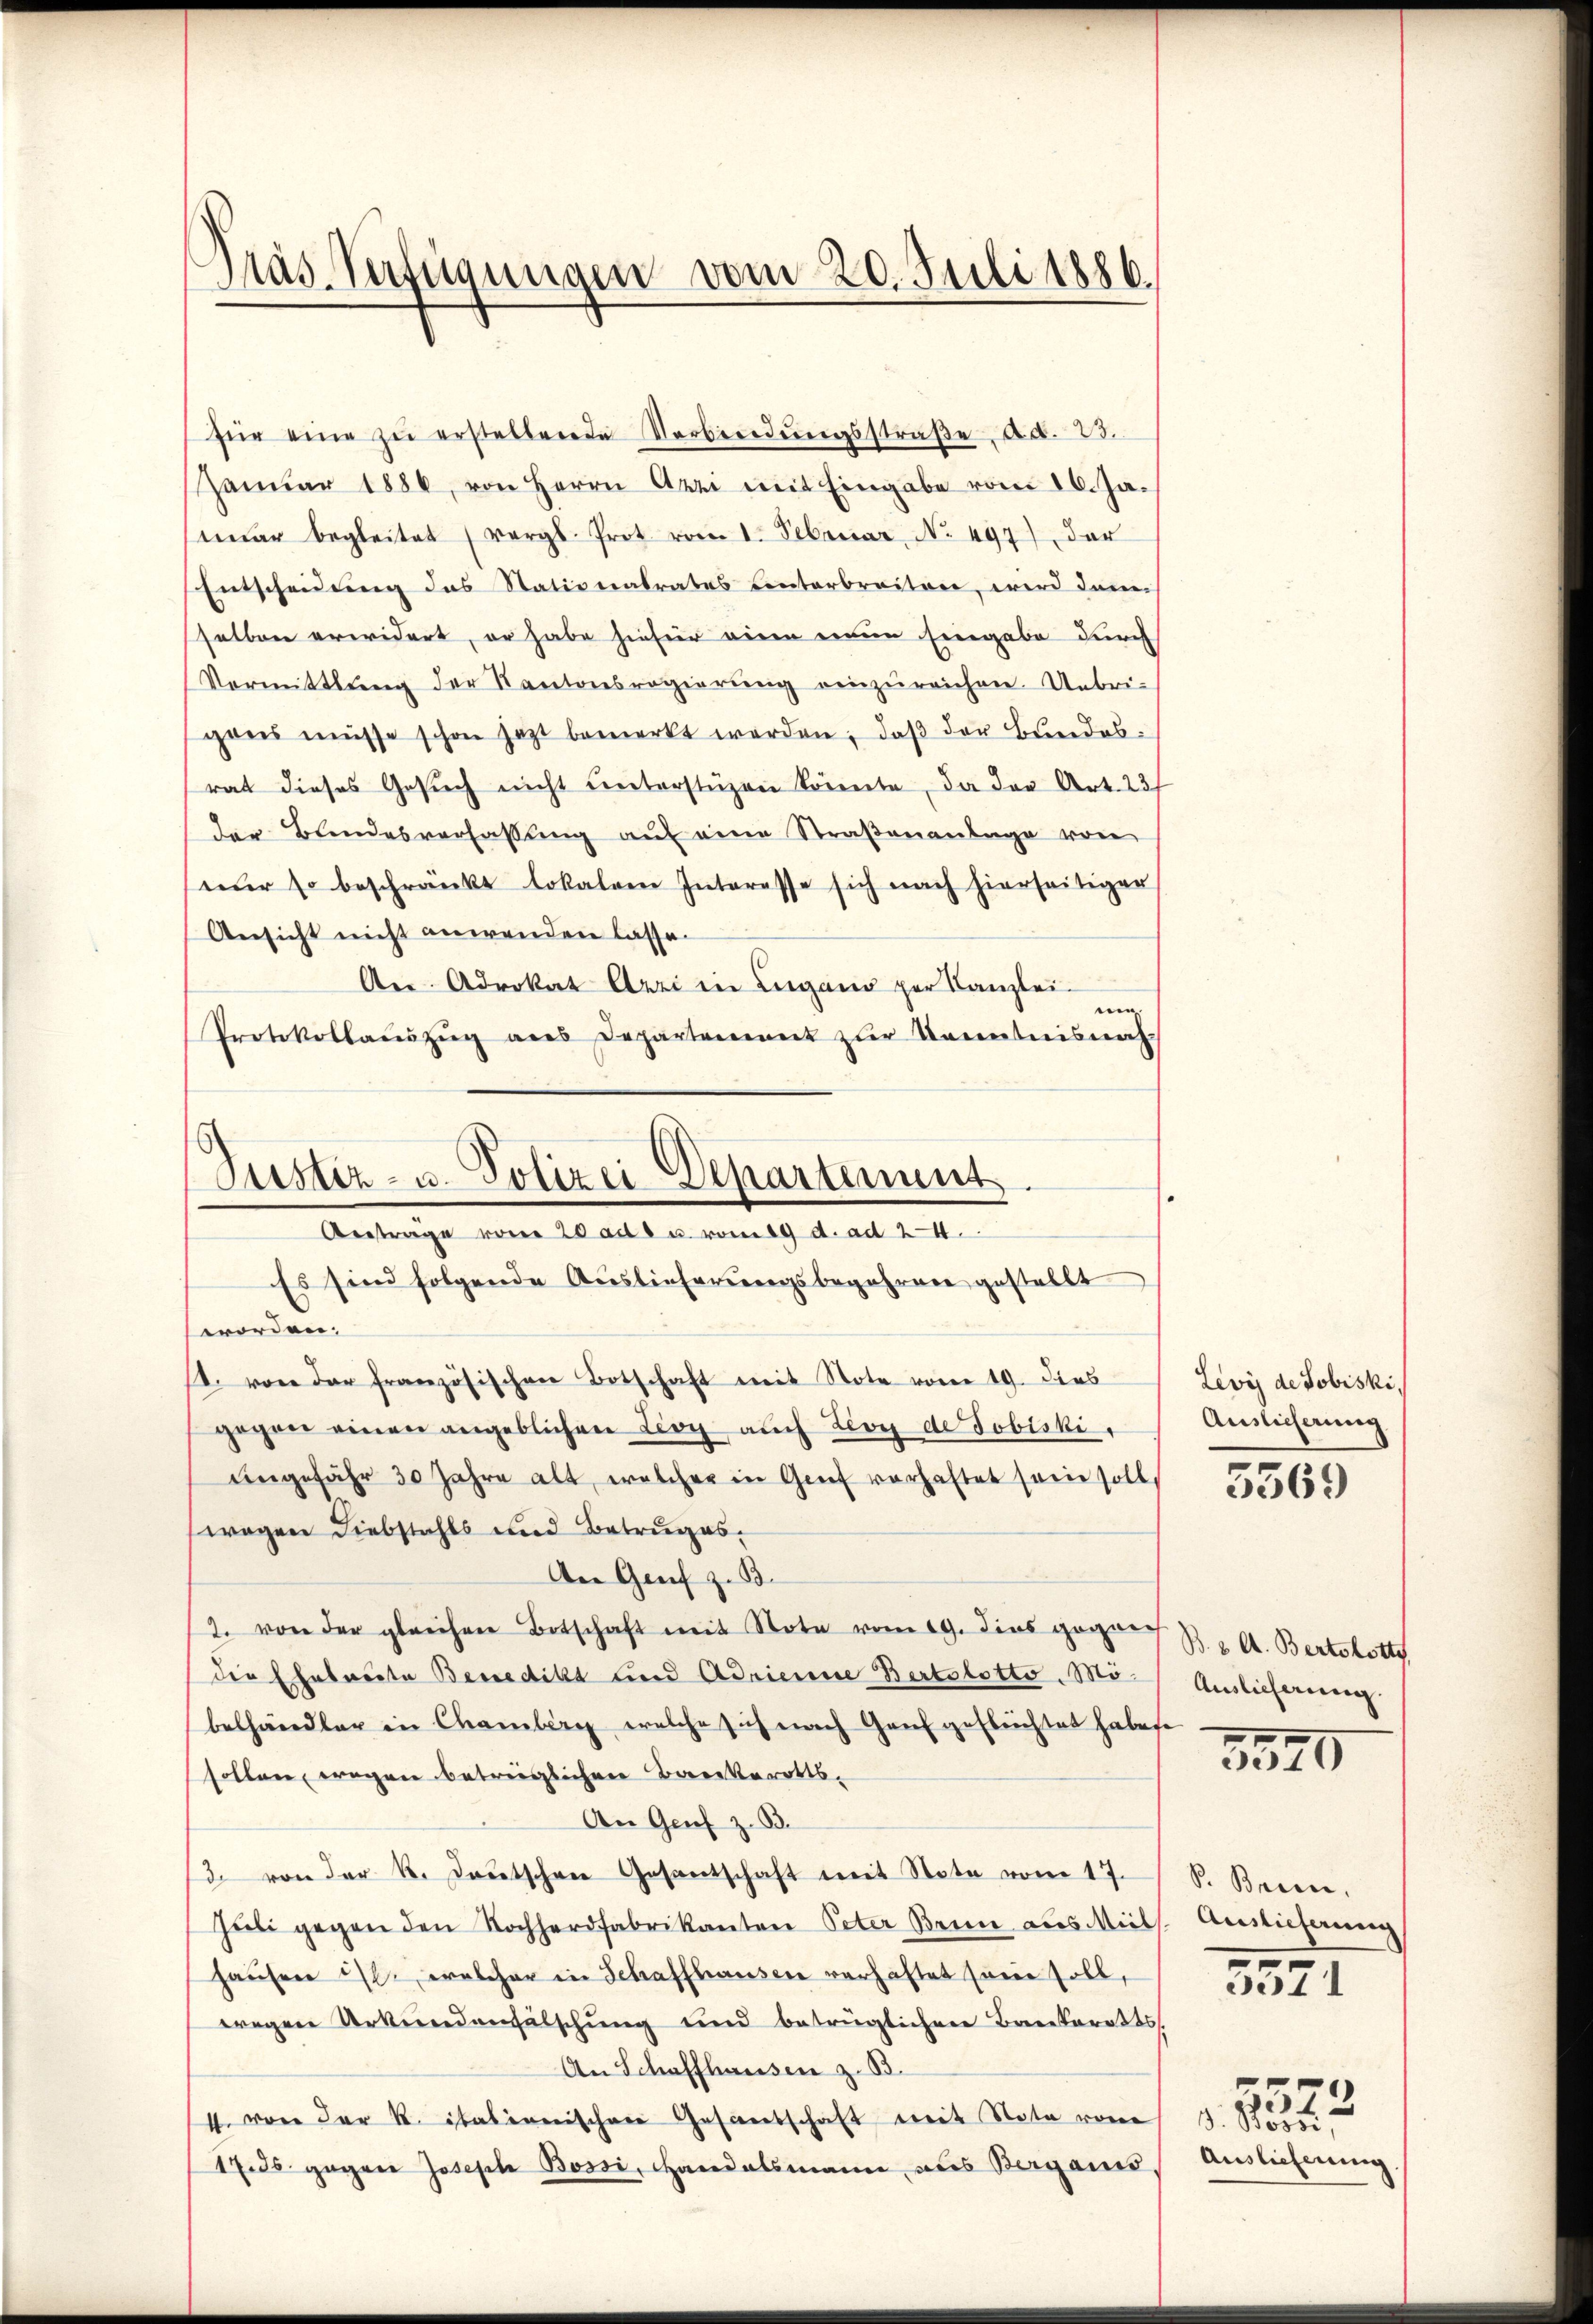
Präs. Verfügungen vom 20. Juli 1886.

für eine zŭ erstellende Verbindŭngsstraβe ad. 23.
Januar 1886, von Herrn Arzi mit Eingabe vom 16. Jaimar begleitet (vergl. Prot vom 1. Februar, No. 497) der
Entscheidung das Stationalrates Centerbreiten, wird dann
selben erwidert, er habe hiefür einen eine Eingabe durch
Vormittlung der Kantonsregierŭng einzŭreichen. Uebri-
gons müsse schon jetzt bemerkt werden, daβ der Bundesrat dieses Gesŭch nicht ŭnterstüzen könnte, da der Art. 23
der Bundesverfassung auf eine Straßenantage von
nur so beschränkt lokalen Interesse sich nach hierseitiger
Ansicht nicht anwenden lasse.
An Advokat Arri in Lugano per Kanzlei-
nig
Protokollauszug aus Departement zur Kenntnis nach

Pustiz- u. Polizei Departement
Antrage vom 20 aus u. vom 19 d. ad 24.
Es sind folgende Auslieferungsbegehren gestellt

worden.
st. von der französischen Botschaft mit Note vom 19. dies
gegen einen angeblichen Lioy auch Leoy de Tobiski,
angefähr 30 Jahre alt, welcher in Genf vorhaftet sein soll,
wegen Liebstahls und Betruges.
An Genf z. B.
2. von der gleichen Botschaft mit Note vom 19. dies gegen S. A. Bertobott
die Eheleute Benedikt und Adrienne Bertolotto. Möbelhändler in Chamberg welche sich nach Ganz geflüchtet habene
sollen, wegen beträglichen Bankerotts-
An Genf z. B.
3. von der k. Lautschen Gesantschaft mit Nota vom 17.
Jŭli gegen den Nochherdfabrikanton Peter Beine aus Mill. Auslieferung
haŭsen ist. welcher in Schaffhausen verhaftet seine soll,
wegen Urkundenfälschung und betrüglichen Breckerotts
An Schaffhausen z. B.
1. von der K. italienischen Gesandtschaft mit Note von
17.ds. gegen Joseph Bossi, Handelsmann aus Bergani,

Levis de Jobiski,
Auslicherung

5569

Auslieferung.

15570

Pr. Brenne,
3571

Auslieferung

5522
. Köni